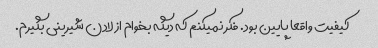
کیفیت واقعا پایین بود. فکر نمیکنم که دیگه بخوام از لادن شیرینی بگیرم.